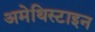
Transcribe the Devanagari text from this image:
अमेथिस्टाइन